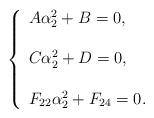
LaTeX: \begin{align*}\left\{ \begin{array}{l}A \alpha_2^2 + B =0, \\\\C \alpha_2^2 + D =0, \\\\F_{22} \alpha_2^2 + F_{24}=0. \end{array}\right. \end{align*}